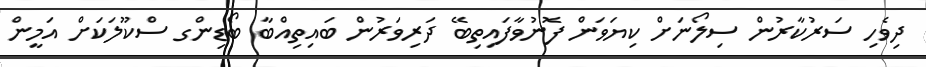
ދިވެހި ސަރުކާރުން ސިލޯނަށް ކިޔަވަން ފޮނުވާފައިތިބޭ ދަރިވަރުން ބައިތިއްބާ ބޯޑިންގ ސްކޫލަކަށް އަމީން